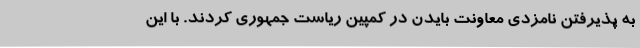
به پذیرفتن نامزدی معاونت بایدن در کمپین ریاست جمهوری کردند. با این